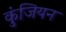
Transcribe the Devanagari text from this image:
कुंजियन